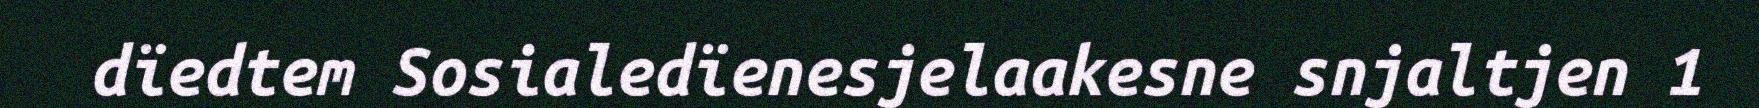
dïedtem Sosialedïenesjelaakesne snjaltjen 1